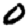
Digit: 0